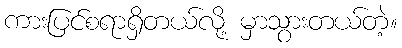
ကားပြင်စရာရှိတယ်လို့ မှာသွားတယ်တဲ့။